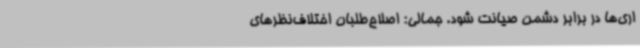
اری‌ها در برابر دشمن صیانت شود. جمالی: اصلاح‌طلبان اختلاف‌نظرهای